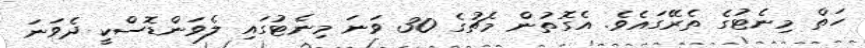
ހަތް މިނެޓުގެ ތެރޭގައެވެ. އެގޮތުން މެޗުގެ 30 ވަނަ މިނެޓުގައި ލެވަންޑޮސްކީ ދެވަނަ